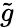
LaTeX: \tilde{g}